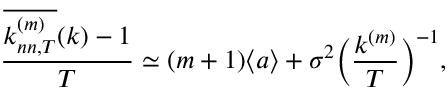
\frac { \overline { { k _ { n n , T } ^ { ( m ) } } } ( k ) - 1 } { T } \simeq ( m + 1 ) \langle a \rangle + \sigma ^ { 2 } \bigg ( \frac { k ^ { ( m ) } } { T } \bigg ) ^ { - 1 } ,